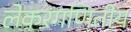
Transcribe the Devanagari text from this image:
लेकरगणितीय